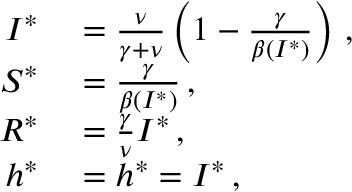
\begin{array} { r l } { I ^ { * } } & { { } = \frac { \nu } { \gamma + \nu } \left( 1 - \frac { \gamma } { \beta ( I ^ { * } ) } \right) \, , } \\ { S ^ { * } } & { { } = \frac { \gamma } { \beta ( I ^ { * } ) } \, , } \\ { R ^ { * } } & { { } = \frac { \gamma } { \nu } I ^ { * } \, , } \\ { h ^ { * } } & { { } = h ^ { * } = I ^ { * } \, , } \end{array}